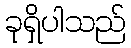
ခုရှိပါသည်